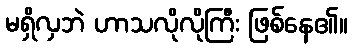
မရှိလှဘဲ ဟာသလိုလိုကြီး ဖြစ်နေ၏။